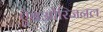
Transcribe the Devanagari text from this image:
ऐबओरिजनल